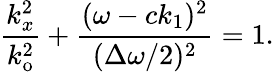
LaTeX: \frac{k_{x}^{2}}{k_{\mathrm{o}}^{2}}+\frac{(\omega-ck_{1})^{2}}{(\Delta\omega/2)^{2}}=1.